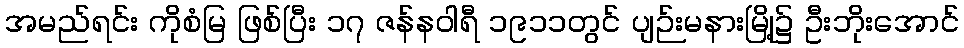
အမည်ရင်း ကိုစံမြ ဖြစ်ပြီး ၁၇ ဇန်နဝါရီ ၁၉၁၁တွင် ပျဉ်းမနားမြို့၌ ဦးဘိုးအောင်